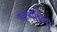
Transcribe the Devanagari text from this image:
फल्गेंसियो